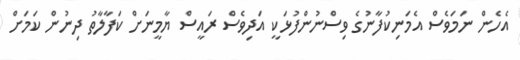
އެހެން ނަމަވެސް އެމަނިކުފާނުގެ ވިސްނުންފުޅަކީ އަދިވެސް ރައީސް ޔާމީނަށް ކަފާލާތު ދިނުން ކަމަށް